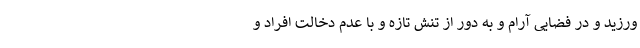
ورزید و در فضایی آرام و به دور از تنش تازه و با عدم دخالت افراد و